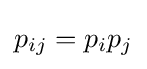
p_{ij}=p_{i}p_{j}